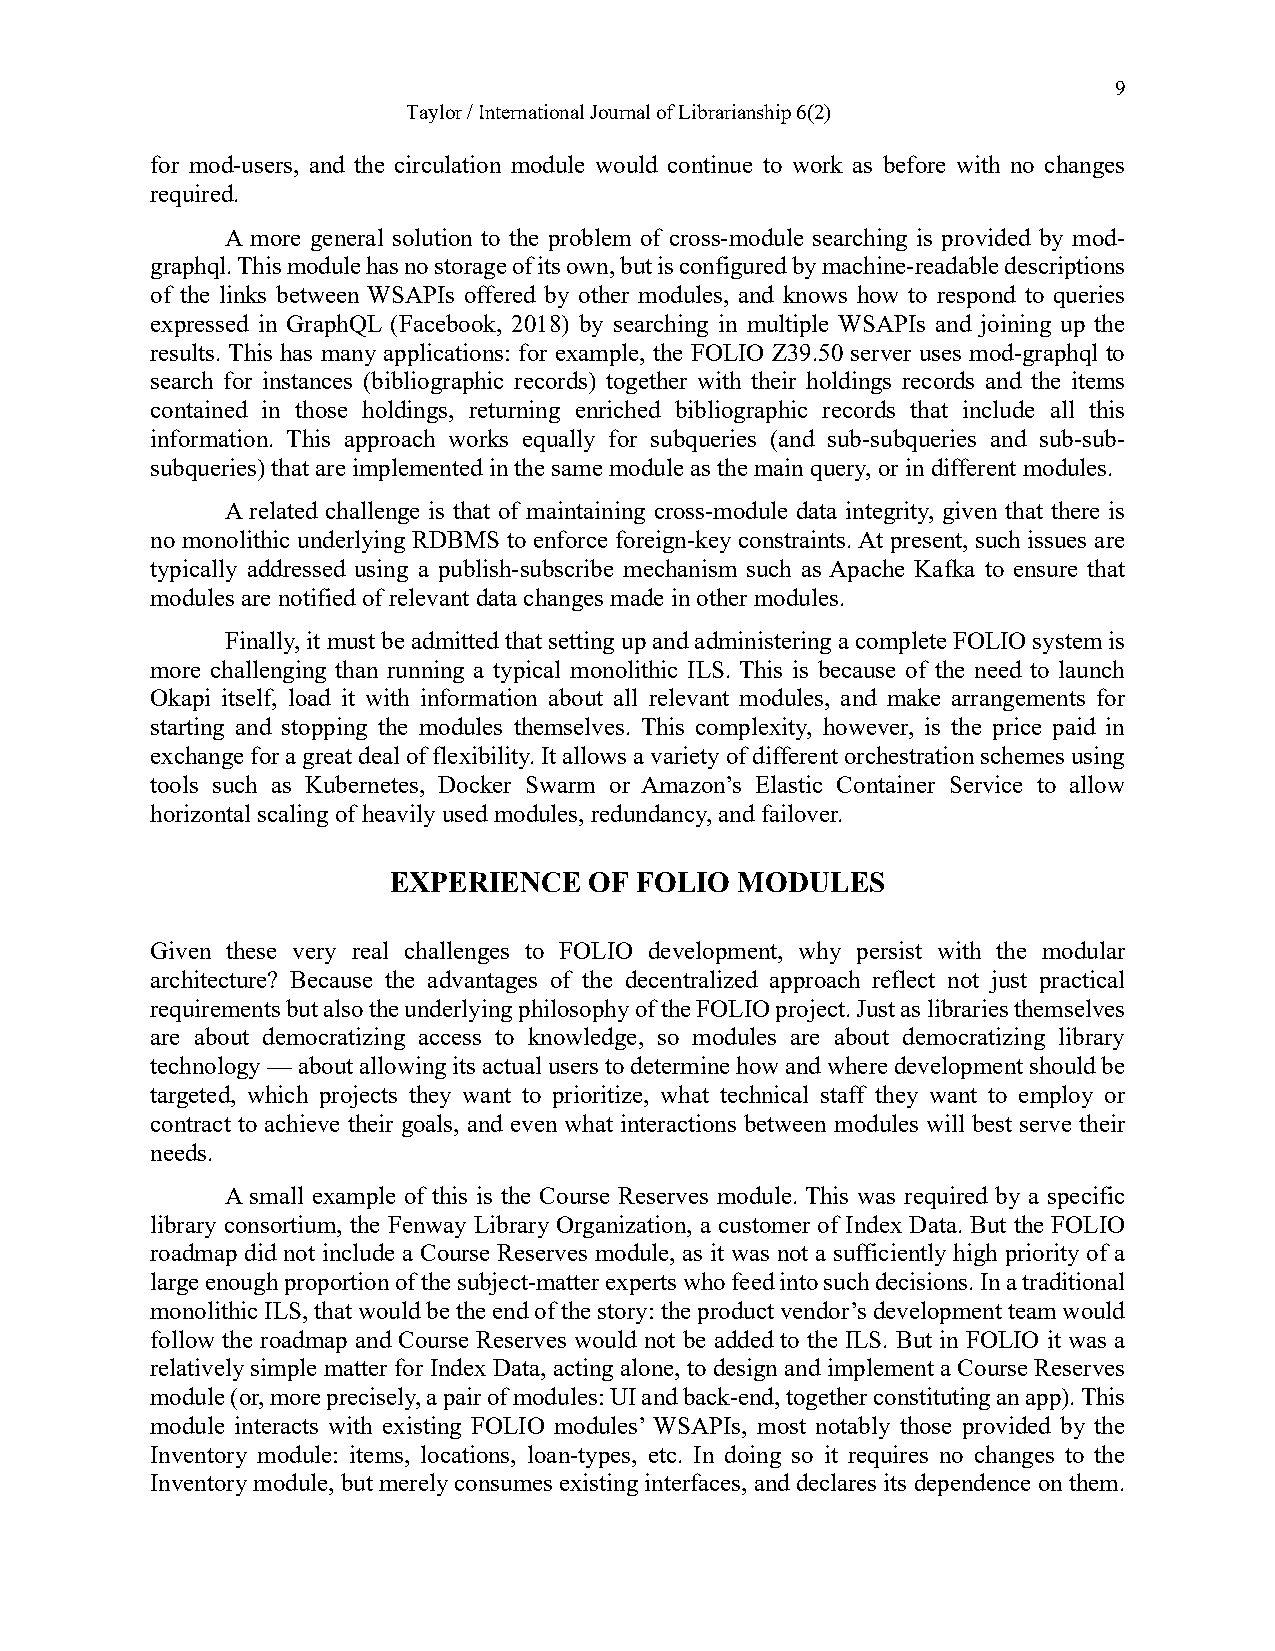
9
 Taylor / International Journal of Librarianship 6(2)
 for mod-users, and the circulation module would continue to work as before with no changes
 required.
 A more general solution to the problem of cross-module searching is provided by mod-
 graphql. This module has no storage of its own, but is configured by machine-readable descriptions
 of the links between WSAPIs offered by other modules, and knows how to respond to queries
 expressed in GraphQL (Facebook, 2018) by searching in multiple WSAPIs and joining up the
 results. This has many applications: for example, the FOLIO Z39.50 server uses mod-graphql to
 search for instances (bibliographic records) together with their holdings records and the items
 contained in those holdings, returning enriched bibliographic records that include all this
 information. This approach works equally for subqueries (and sub-subqueries and sub-sub-
 subqueries) that are implemented in the same module as the main query, or in different modules.
 A related challenge is that of maintaining cross-module data integrity, given that there is
 no monolithic underlying RDBMS to enforce foreign-key constraints. At present, such issues are
 typically addressed using a publish-subscribe mechanism such as Apache Kafka to ensure that
 modules are notified of relevant data changes made in other modules.
 Finally, it must be admitted that setting up and administering a complete FOLIO system is
 more challenging than running a typical monolithic ILS. This is because of the need to launch
 Okapi itself, load it with information about all relevant modules, and make arrangements for
 starting and stopping the modules themselves. This complexity, however, is the price paid in
 exchange for a great deal of flexibility. It allows a variety of different orchestration schemes using
 tools such as Kubernetes, Docker Swarm or Amazon’s Elastic Container Service to allow
 horizontal scaling of heavily used modules, redundancy, and failover.
 EXPERIENCE   OF FOLIO  MODULES
 Given these very real challenges to FOLIO development, why persist with the modular
 architecture? Because the advantages of the decentralized approach reflect not just practical
 requirements but also the underlying philosophy of the FOLIO project. Just as libraries themselves
 are about democratizing access to knowledge, so modules are about democratizing library
 technology — about allowing its actual users to determine how and where development should be
 targeted, which projects they want to prioritize, what technical staff they want to employ or
 contract to achieve their goals, and even what interactions between modules will best serve their
 needs.
 A small example of this is the Course Reserves module. This was required by a specific
 library consortium, the Fenway Library Organization, a customer of Index Data. But the FOLIO
 roadmap did not include a Course Reserves module, as it was not a sufficiently high priority of a
 large enough proportion of the subject-matter experts who feed into such decisions. In a traditional
 monolithic ILS, that would be the end of the story: the product vendor’s development team would
 follow the roadmap and Course Reserves would not be added to the ILS. But in FOLIO it was a
 relatively simple matter for Index Data, acting alone, to design and implement a Course Reserves
 module (or, more precisely, a pair of modules: UI and back-end, together constituting an app). This
 module interacts with existing FOLIO modules’ WSAPIs, most notably those provided by the
 Inventory module: items, locations, loan-types, etc. In doing so it requires no changes to the
 Inventory module, but merely consumes existing interfaces, and declares its dependence on them.